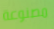
مصنوعة